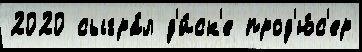
2020 сыгра́л д'и́ск'е прод'ю́с'ер